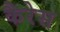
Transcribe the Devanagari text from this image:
कैरेस